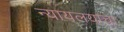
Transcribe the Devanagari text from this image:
न्यायलयाचा